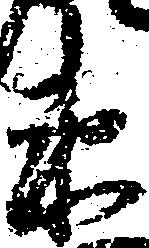
衛